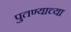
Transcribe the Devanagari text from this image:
पुतण्याच्या